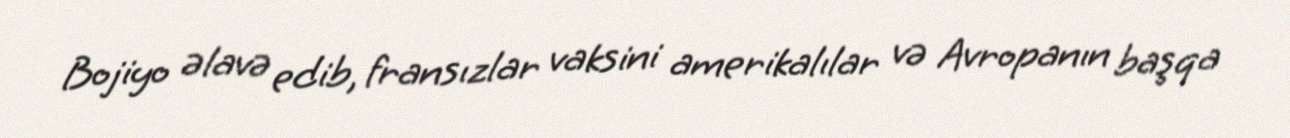
Bojiyo əlavə edib, fransızlar vaksini amerikalılar və Avropanın başqa